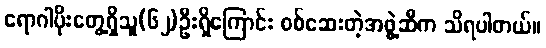
ရောဂါပိုးတွေ့ရှိသူ(၆၂)ဦးရှိကြောင်း စစ်ဆေးတဲ့အဖွဲ့ဆီက သိရပါတယ်။